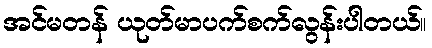
အင်မတန် ယုတ်မာပက်စက်လွန်းပါတယ်။